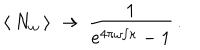
\: \langle \: N _ { \omega } \: \rangle \: \rightarrow \: \frac { 1 } { e ^ { 4 \pi \omega / \kappa } - 1 } \, . \: